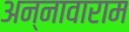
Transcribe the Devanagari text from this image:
अन्नावाराम